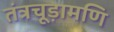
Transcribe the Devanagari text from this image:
तंत्रचूड़ामणि